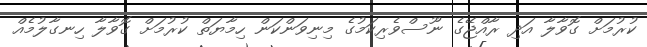
ކުރުމަށް ގޮވާލާ އަދި ރާއްޖޭގެ ނޫސްވެރިކަމުގެ މިނިވަންކަން ހިމާޔަތް ކުރުމަށް ގޮވާލާ ހިނގާލުމެއް